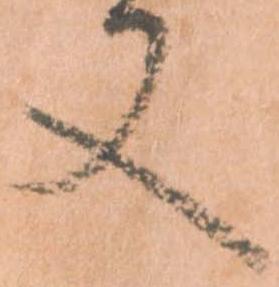
又